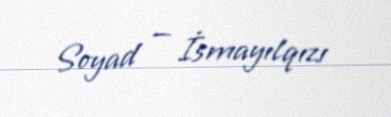
Soyad — İsmayılqızı